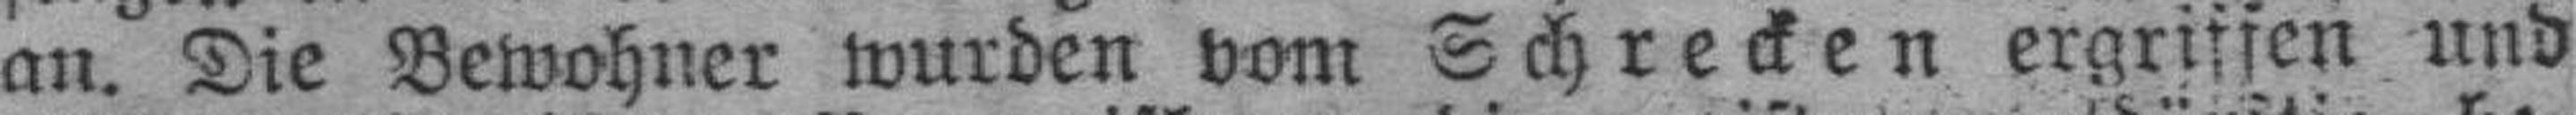
an. Die Bewohner wurden vom Schrecken ergriffen und